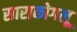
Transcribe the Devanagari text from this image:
साराकोगलू